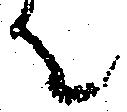
て